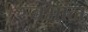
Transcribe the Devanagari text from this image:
स्वभान